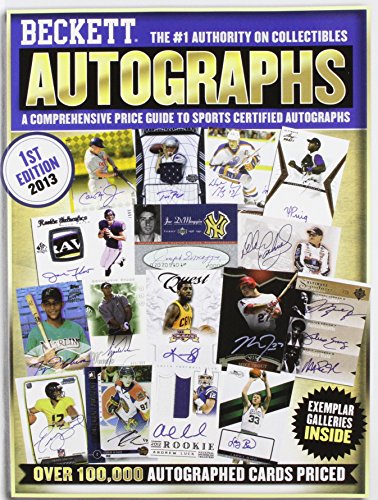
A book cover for Beckett Autographs Price Guide; Crafts, Hobbies & Home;